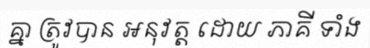
គ្នា ត្រូវបាន អនុវត្ត ដោយ ភាគី ទាំង